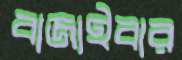
বাজাইবার